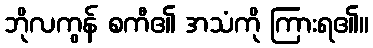
ဘိုလကွန် စကီ၏ အသံကို ကြားရ၏။